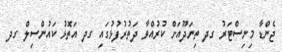
ޖެންޑާ މިނިސްޓަރު ގދ ތިނަދޫއަށް ކުރުއްވާ ދަތުރުފުޅުގައި ގދ އަތޮޅު ކައުންސިލް ގދ